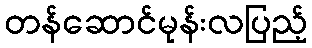
တန်ဆောင်မုန်းလပြည့်